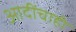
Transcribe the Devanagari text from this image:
आदींचाही